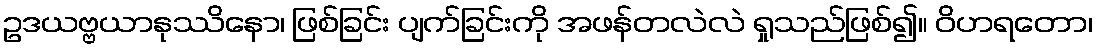
ဥဒယဗ္ဗယာနုဿိနော၊ ဖြစ်ခြင်း ပျက်ခြင်းကို အဖန်တလဲလဲ ရှုသည်ဖြစ်၍။ ဝိဟရတော၊